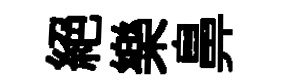
絕樂鼻